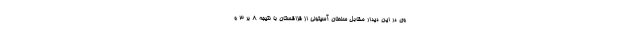
وی در این دیدار مقابل سلطان آسیتولی از قزاقستان با نتیجه ۸ بر ۳ و